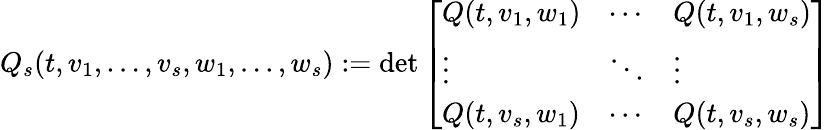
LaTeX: Q_{s}(t,v_{1},\ldots,v_{s},w_{1},\ldots,w_{s}):=\operatorname*{det}\left[\begin{array}{lll}{Q(t,v_{1},w_{1})}&{\cdots}&{Q(t,v_{1},w_{s})}\\ {\vdots}&{\ddots}&{\vdots}\\ {Q(t,v_{s},w_{1})}&{\cdots}&{Q(t,v_{s},w_{s})}\end{array}\right]